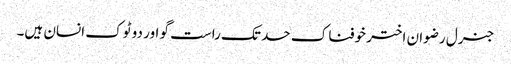
جنرل رضوان اختر خوفناک حد تک راست گو اور دو ٹوک انسان ہیں۔